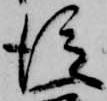
従